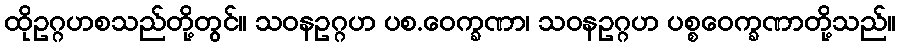
ထိုဥဂ္ဂဟစသည်တို့တွင်။ သဝနဥဂ္ဂဟ ပစ.ဝေက္ခဏာ၊ သဝနဥဂ္ဂဟ ပစ္စဝေက္ခဏာတို့သည်။